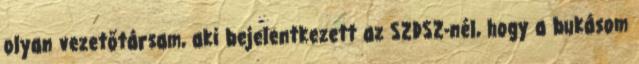
olyan vezetőtársam, aki bejelentkezett az SZDSZ-nél, hogy a bukásom